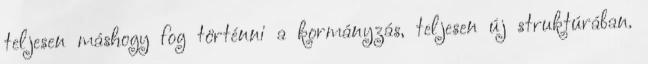
teljesen máshogy fog történni a kormányzás, teljesen új struktúrában.